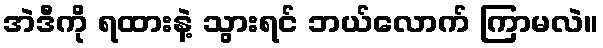
အဲဒီကို ရထားနဲ့ သွားရင် ဘယ်လောက် ကြာမလဲ။